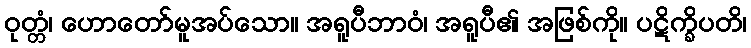
ဝုတ္တံ၊ ဟောတော်မူအပ်သော။ အရူပီဘာဝံ၊ အရူပီ၏ အဖြစ်ကို။ ပဋိက္ခိပတိ၊